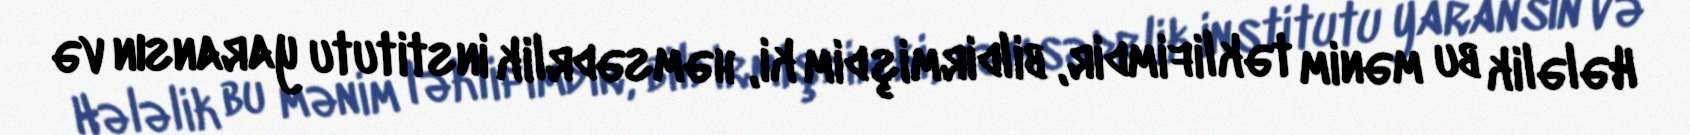
Hələlik bu mənim təklifimdir, bildirmişdim ki, həmsədrlik institutu yaransın və